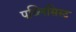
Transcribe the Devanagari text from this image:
पब्लिसिस्ट